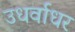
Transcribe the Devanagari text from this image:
उधर्वाधर